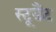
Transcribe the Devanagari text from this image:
स्टूडैंट